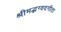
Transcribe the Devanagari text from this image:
श्रीमद्भग्वदगीता